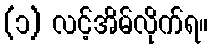
(၁) လင့်အိမ်လိုက်ရ။